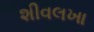
શીવલખા